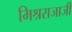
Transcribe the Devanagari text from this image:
मिश्रराजाजी